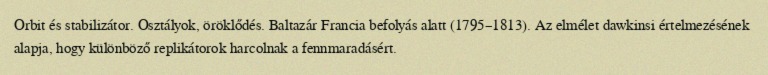
Orbit és stabilizátor. Osztályok, öröklődés. Baltazár Francia befolyás alatt (1795–1813). Az elmélet dawkinsi értelmezésének alapja, hogy különböző replikátorok harcolnak a fennmaradásért.